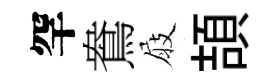
罕鴦屐頡